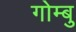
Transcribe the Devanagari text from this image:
गोम्बु